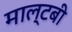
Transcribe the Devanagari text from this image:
माल्टबी